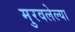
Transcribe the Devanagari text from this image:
मुरवलेल्या